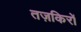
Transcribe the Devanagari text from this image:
तज़किरों